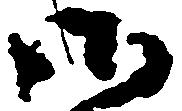
御